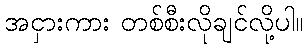
အငှားကား တစ်စီးလိုချင်လို့ပါ။